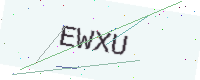
Text: EWXU